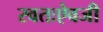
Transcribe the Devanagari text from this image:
स्वतःऐवजी